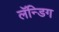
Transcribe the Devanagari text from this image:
लॅन्डिग